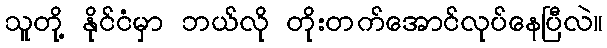
သူတို့ နိုင်ငံမှာ ဘယ်လို တိုးတက်အောင်လုပ်နေပြီလဲ။